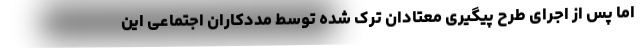
اما پس از اجرای طرح پیگیری معتادان ترک شده توسط مددکاران اجتماعی این